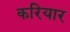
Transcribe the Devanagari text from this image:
करियार